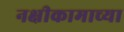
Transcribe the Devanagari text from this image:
नक्षीकामाच्या